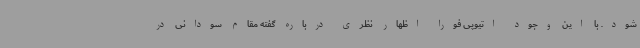
شود. با این وجود اتیوپی فورا اظهار نظری درباره گفته مقام سودانی در